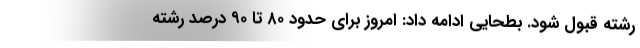
رشته قبول شود. بطحایی ادامه داد: امروز برای حدود ۸۰ تا ۹۰ درصد رشته